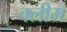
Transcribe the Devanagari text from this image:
क्लीम